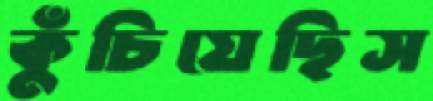
কুঁচিয়েছিস